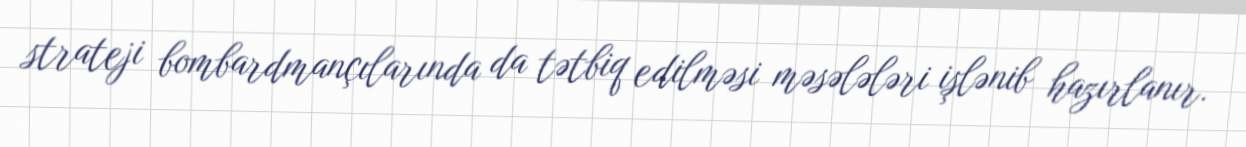
strateji bombardmançılarında da tətbiq edilməsi məsələləri işlənib hazırlanır.